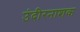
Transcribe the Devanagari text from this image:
उंदीरनाशक